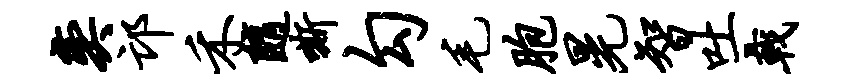
奕邙禾随嘶勾毛胞晃智吐戟